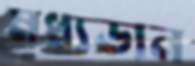
মধ্যডান